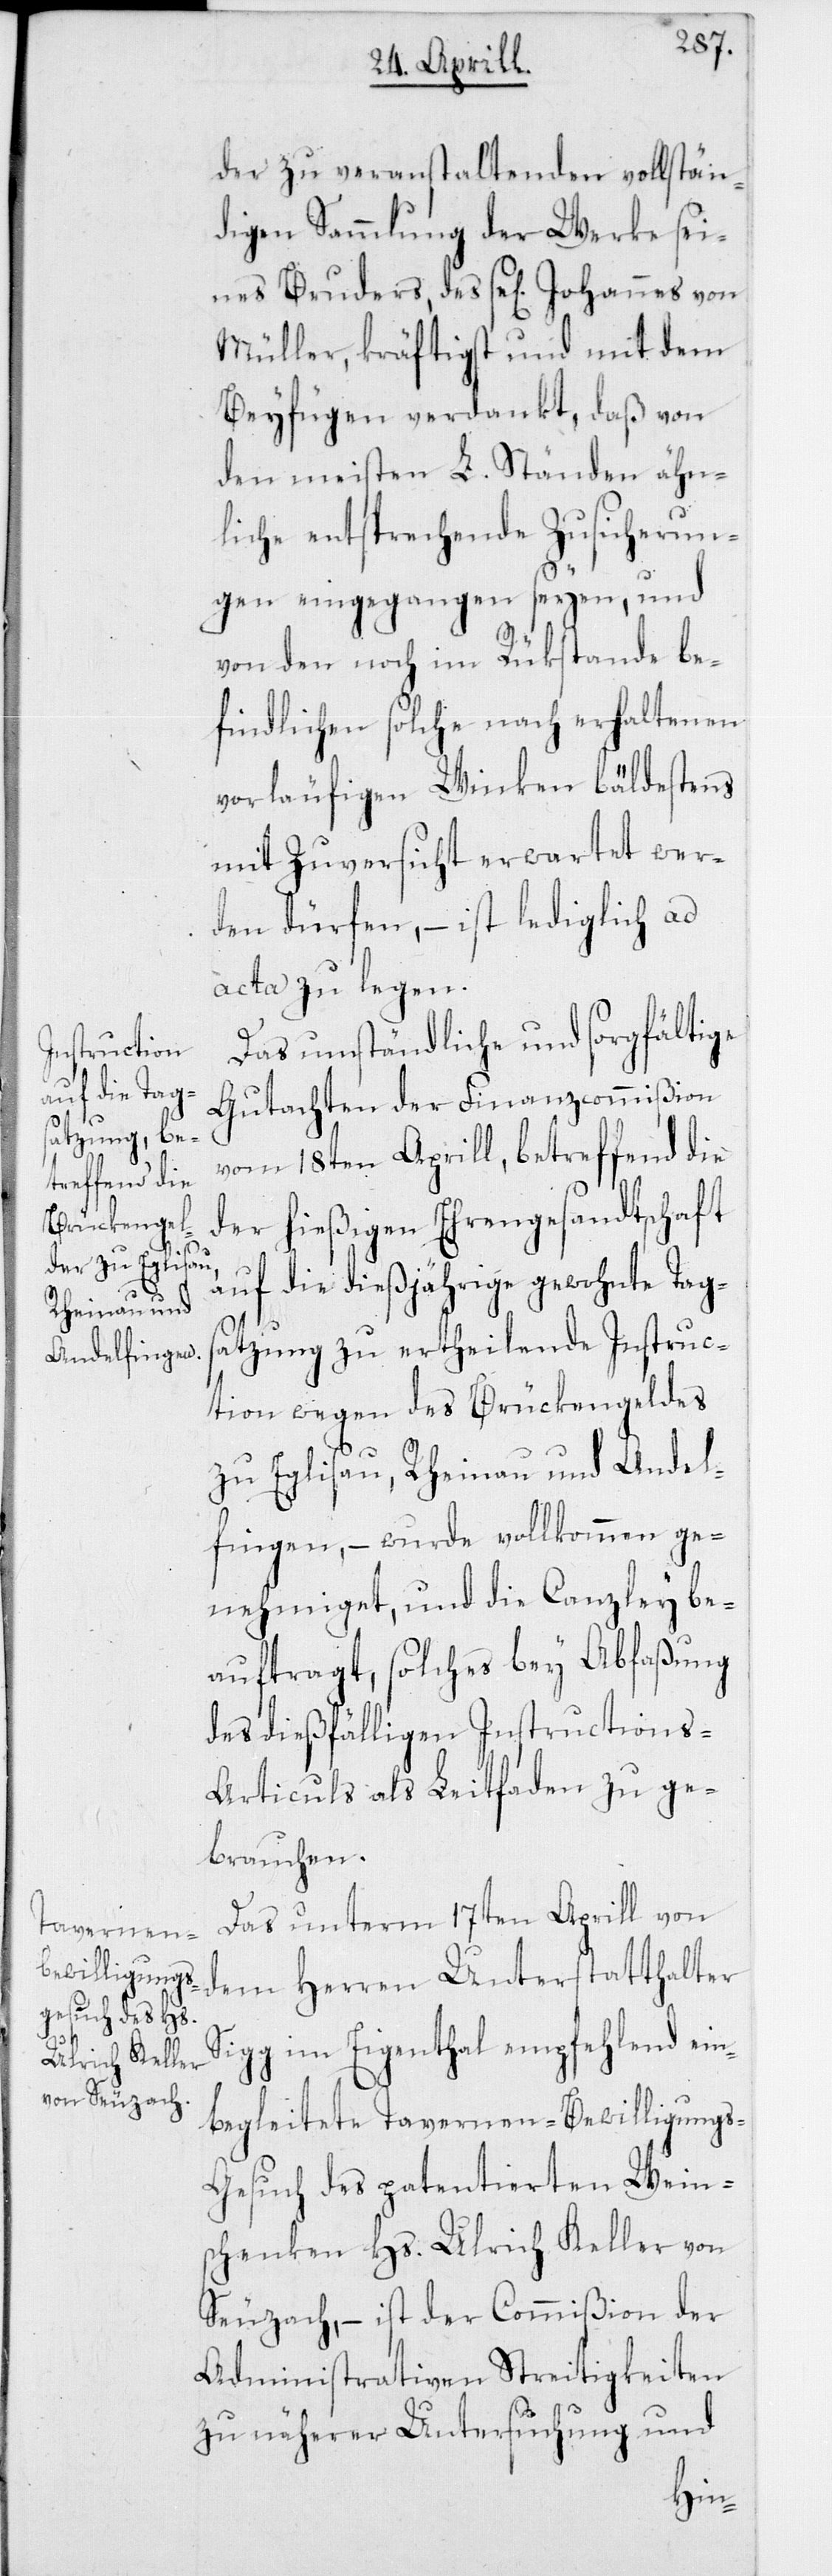
uders,

der zu veranstaltenden vollstän¬
digen Sammlung der Werke sei¬
Müller, kräftigst und mit dem
Beyfügen verdankt, daß von
den meisten L. Ständen ähn¬
liche entsprechende Zusicherun¬
gen eingegangen seyen, und
von den noch im Rükstande be¬
findlichen solche nach erhaltenen
vorläufigen Winken bäldestens
mit Zuversicht erwartet wer¬
den dürfen, – ist lediglich ad
acta zu legen.
Das umständliche und sorgfältige
Gutachten der Finanzcommißion
vom 18ten Aprill, betreffend die
der hießigen Ehrengesandtschaft
auf die dießjährige gewohnte Tags¬
atzung zu ertheilende Instruc¬
tion wegen des Brückengeldes
zu Eglisau, Rheinau und Andel¬
fingen, – wurde vollkommen ge¬
nehmiget, und die Canzley be¬
auftragt, solches bey Abfaßung
des dießfälligen Instructions-A¬
rticuls als Leitfaden zu ge¬
brauchen.
Das unterm 17ten Aprill von
dem Herren Unterstatthalter
Sigg im Eigenthal empfehlend ein¬
begleitete Tavernen-Bewilligung¬
s-Gesuch des patentierten Weins¬
chenken Hs. Ulrich Keller von
Seuzach, – ist der Commißion der
Administrativen Streitigkeiten
zu näherer Untersuchung und